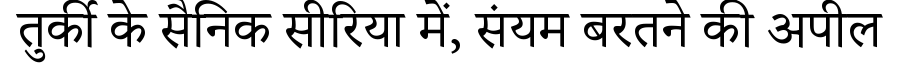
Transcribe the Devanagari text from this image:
तुर्की के सैनिक सीरिया में, संयम बरतने की अपील